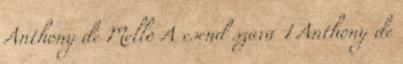
Anthony de Mello A csend szava 1 Anthony de